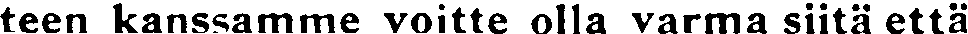
teen kanssamme voitte olla varma siitä että